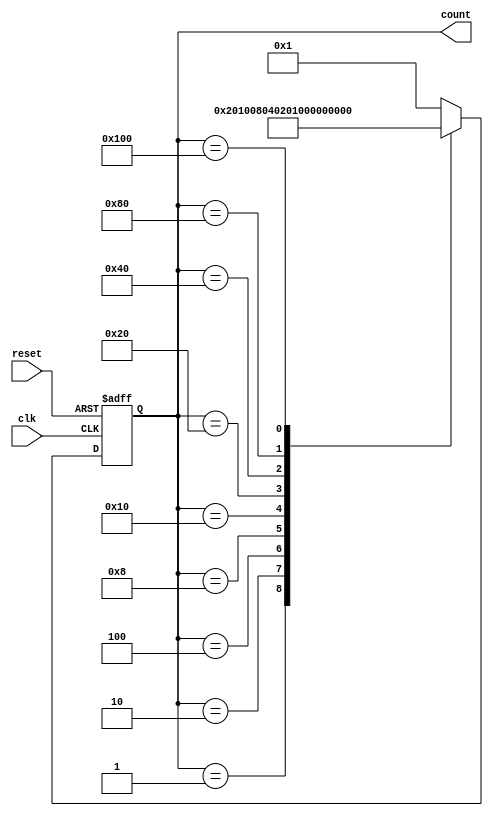
module DecadeRingCounter (
    input wire clk,             // Clock input
    input wire reset,           // Asynchronous reset input
    output reg [9:0] count      // 10-bit output representing the counter state
);

// Initial state
initial begin
    count = 10'b0000000001;    // Start with the first state (1)
end

// Always block for the counter operation
always @(posedge clk or posedge reset) begin
    if (reset) begin
        // Asynchronous reset
        count <= 10'b0000000001; // Reset to the initial state (1)
    end else begin
        // Shift the '1' to the next position
        case (count)
            10'b0000000001: count <= 10'b0000000010; // Move to 2
            10'b0000000010: count <= 10'b0000000100; // Move to 4
            10'b0000000100: count <= 10'b0000001000; // Move to 8
            10'b0000001000: count <= 10'b0000010000; // Move to 10
            10'b0000010000: count <= 10'b0000100000; // Move to 20
            10'b0000100000: count <= 10'b0001000000; // Move to 40
            10'b0001000000: count <= 10'b0010000000; // Move to 80
            10'b0010000000: count <= 10'b0100000000; // Move to 160
            10'b0100000000: count <= 10'b1000000000; // Move to 320
            10'b1000000000: count <= 10'b0000000001; // Wrap around to 1
            default: count <= 10'b0000000001;         // Default to 1
        endcase
    end
end

endmodule